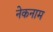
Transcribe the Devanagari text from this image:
नेकनाम